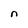
Character: n